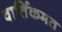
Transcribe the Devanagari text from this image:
वार्तिकमत